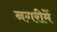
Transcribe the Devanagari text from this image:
नगरीमें